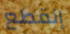
إنقطع